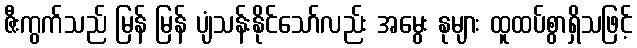
ဇီးကွက်သည် မြန် မြန် ပျံသန်းနိုင်သော်လည်း အမွေး နုများ ထူထပ်စွာရှိသဖြင့်